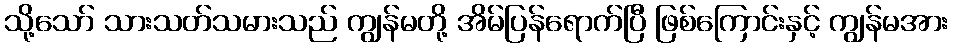
သို့သော် သားသတ်သမားသည် ကျွန်မတို့ အိမ်ပြန်ရောက်ပြီ ဖြစ်ကြောင်းနှင့် ကျွန်မအား